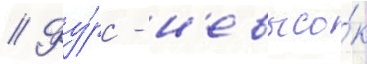
// Фу́рс - н'евысо́к